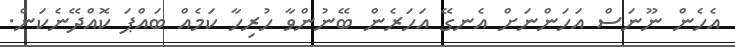
އެހެން ނޫނަސް އަހަންނަށް އެނގޭ އަހަރެން ބޭނުންވާ ހުރިހާ ކަމެއް ބައްޕަ ކޮއްދޭނެކަން.